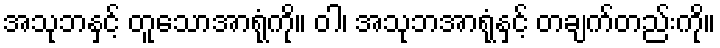
အသုဘနှင့် တူသောအာရုံကို။ ဝါ၊ အသုဘအာရုံနှင့် တချက်တည်းကို။